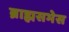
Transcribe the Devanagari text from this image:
ब्राह्मसभेस